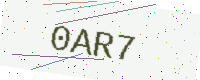
Text: 0AR7